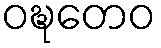
ဝဍ္ဎတေဝ